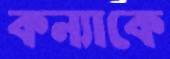
কন্যাকে